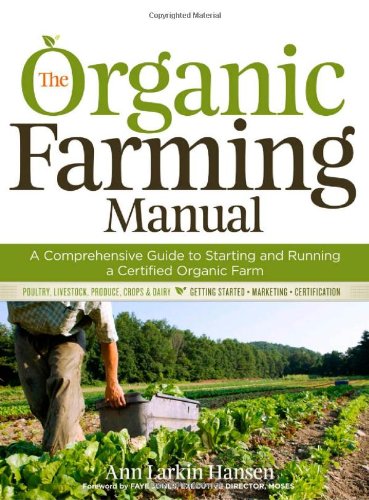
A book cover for The Organic Farming Manual: A Comprehensive Guide to Starting and Running a Certified Organic Farm; Anne Larkin Hansen; Science & Math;